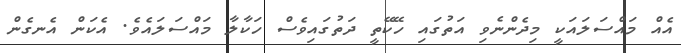
އެއް މައްސަލައަކީ މިދެންނެވި އަތުގައި ހޭކޭތީ ދަތުގައިވެސް ހަކާލާ މައްސަލައެވެ. އެކަން އެނގެން